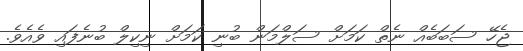
ޖެހޭ ސަބަބެއް ނެތް ކަމަށް ސަލްމަން ބުނި ކަމަށް ނިކިލް ބުނެފައި ވެއެވެ.